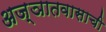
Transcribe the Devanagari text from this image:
अज्ञातवासाची